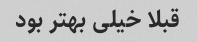
قبلا خیلی بهتر بود